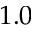
1 . 0